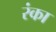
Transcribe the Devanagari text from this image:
रंका